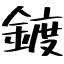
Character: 鍍